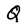
Character: Q